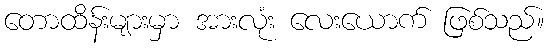
တောထိန်းများမှာ အားလုံး လေးယောက် ဖြစ်သည်။